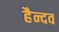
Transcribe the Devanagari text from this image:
हैन्दव